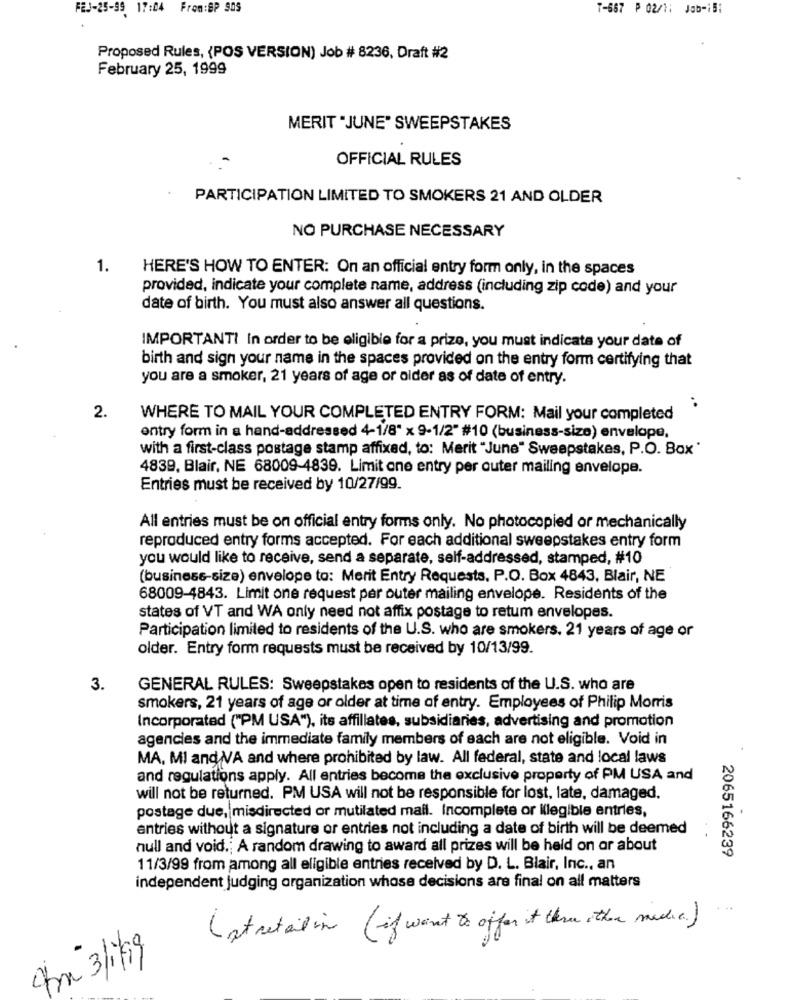
FEJ-25-99 17:04 From:BP SOS
T-667 ₱ 02/1: Job-i5:
Proposed Rules, (POS VERSION) Job # 8236, Draft #2
February 25, 1999
MERIT "JUNE" SWEEPSTAKES
OFFICIAL RULES
PARTICIPATION LIMITED TO SMOKERS 21 AND OLDER
NO PURCHASE NECESSARY
1.
HERE'S HOW TO ENTER: On an official entry form only, in the spaces
provided, indicate your complete name, address (including zip code) and your
date of birth. You must also answer all questions.
IMPORTANTI In order to be eligible for a prize, you must indicata your date of
birth and sign your name in the spaces provided on the entry form certifying that
you are a smoker, 21 years of age or older as of date of entry.
..
2.
WHERE TO MAIL YOUR COMPLETED ENTRY FORM: Mail your completed
entry form in a hand-addressed 4-1/8" x 9-1/2" #10 (business-size) envelope,
with a first-class postage stamp affixed, to: Merit "June" Sweepstakes, P.O. Box"
4839, Blair, NE 68009-4839. Limit one entry per outer mailing envelope.
Entries must be received by 10/27/99.
All entries must be on official entry forms only. No photocopied or mechanically
reproduced entry forms accepted. For each additional sweepstakes entry form
you would like to receive, send a separate, self-addressed, stamped, #10
(business-size) envelope to: Merit Entry Requests. P.O. Box 4843, Blair, NE
68009-4843. Limit one request per outer mailing envelope. Residents of the
states of VT and WA only need not affix postage to retum envelopes.
Participation limited to residents of the U.S. who are smokers. 21 years of age or
older. Entry form requests must be received by 10/13/99.
3.
GENERAL RULES: Sweepstakes open to residents of the U.S. who are
smokers, 21 years of age or older at time of entry. Employees of Philip Morris
Incorporated ("PM USA"), its affiliates, subsidiaries, advertising and promotion
agencies and the immediate family members of each are not eligible. Void in
MA. MI and/V/A and where prohibited by law. All federal, state and local laws
and regulations apply. All entries become the exclusive property of PM USA and
will not be returned. PM USA will not be responsible for lost, late, damaged.
postage due, misdirected or mutilated mail. Incomplete or ilegible entries,
entries without a signature or entries not including a date of birth will be deemed
. -
null and void .; A random drawing to award all prizes will be held on or about
2065166239
11/3/99 from among all eligible entries received by D. L. Blair, Inc ., an
independent judging organization whose decisions are final on all matters
(at retail in (if want to offer it three other medie.)
fm 3/1/9